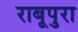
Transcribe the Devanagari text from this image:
राबूपुरा